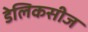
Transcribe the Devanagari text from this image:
डेलिकसीज